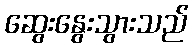
ဆွေးနွေးသွားသည်